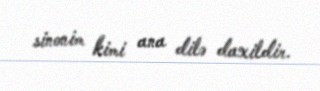
sinonim kimi ana dilə daxildir.